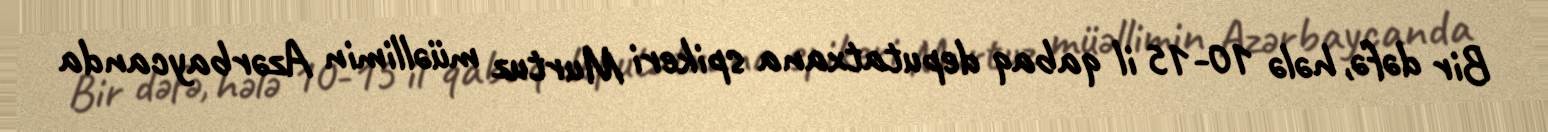
Bir dəfə, hələ 10-15 il qabaq deputatxana spikeri Murtuz müəllimin Azərbaycanda